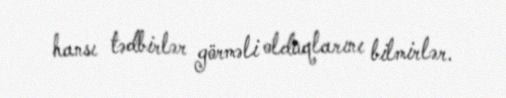
hansı tədbirlər görməli olduqlarını bilmirlər.